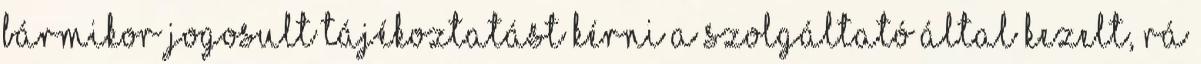
bármikor jogosult tájékoztatást kérni a Szolgáltató által kezelt, rá